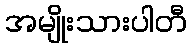
အမျိုးသားပါတီ